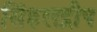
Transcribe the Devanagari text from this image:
सिंहलद्रीप